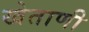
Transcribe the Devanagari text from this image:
खेताणी